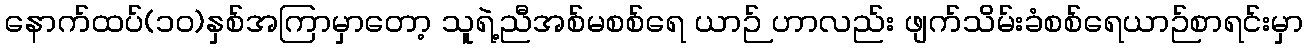
နောက်ထပ်(၁၀)နှစ်အကြာမှာတော့ သူရဲ့ညီအစ်မစစ်ရေ ယာဉ် ဟာလည်း ဖျက်သိမ်းခံစစ်ရေယာဉ်စာရင်းမှာ